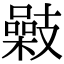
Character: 𢻥